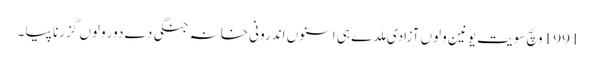
1991 وچّ سویت یونین ولوں آزادی ملدے ہی اسنوں اندرونی خانہ جنگی دے دور ولوں گزرنا پیا ۔